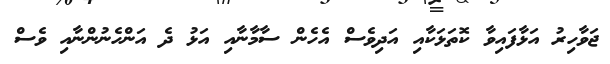
ޖަވާހިރު އަޅާފައިވާ ކޮތަޅަކާއި އަދިވެސް އެހެން ސާމާނާއި އަޅު ދެ އަންހެނުންނާއި ވެސް